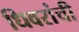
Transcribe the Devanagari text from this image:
धिवरांची